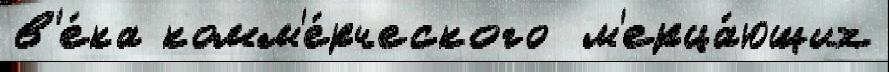
в'е́ка комм'е́рческого  м'ерца́ющих